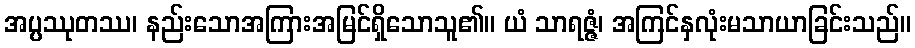
အပ္ပဿုတဿ၊ နည်းသောအကြားအမြင်ရှိသောသူ၏။ ယံ သာရဇ္ဇံ၊ အကြင်နှလုံးမသာယာခြင်းသည်။